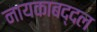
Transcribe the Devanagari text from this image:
नायकाबद्दल